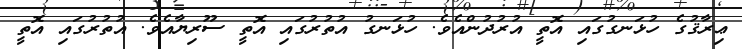
ޢިރާޤުގެ ހުޅަނގުގައި އޮތީ އުރުދުންއެވެ. ހުޅަނގު އުތުރުގައި އޮތީ ސޫރިޔާއެވެ. އުތުރުގައި އޮތީ